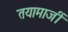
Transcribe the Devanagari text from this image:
तयामाजीं